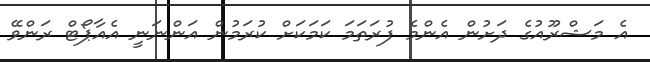
އެ މަޝްރޫއުގެ ދަށުން އެންމެ ފުރަތަމަ ކަމަކަށް ކުރަމުން އަންނަނީ އެއާޕޯޓް ރަންވޭ